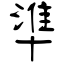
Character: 準